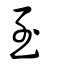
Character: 至